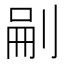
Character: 𭃬